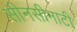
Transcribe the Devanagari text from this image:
सीनसीनाटी